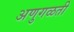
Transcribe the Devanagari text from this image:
अणुगळती